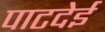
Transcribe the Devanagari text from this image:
पाटदेई